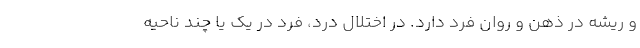
و ریشه در ذهن و روان فرد دارد. در اختلال درد، فرد در یک یا چند ناحیه